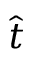
\hat { t }